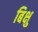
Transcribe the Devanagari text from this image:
बिक्षु